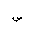
Letter: _sad